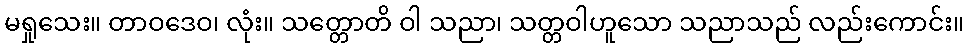
မရှုသေး။ တာဝဒေဝ၊ လုံး။ သတ္တောတိ ဝါ သညာ၊ သတ္တဝါဟူသော သညာသည် လည်းကောင်း။